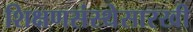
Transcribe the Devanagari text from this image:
शिक्षणसंस्थेसारखी